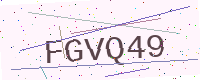
Text: FGVQ49